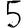
Digit: 5